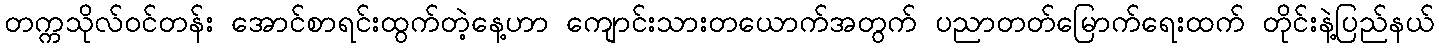
တက္ကသိုလ်ဝင်တန်း အောင်စာရင်းထွက်တဲ့နေ့ဟာ ကျောင်းသားတယောက်အတွက် ပညာတတ်မြောက်ရေးထက် တိုင်းနဲ့ပြည်နယ်